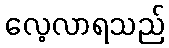
လေ့လာရသည်